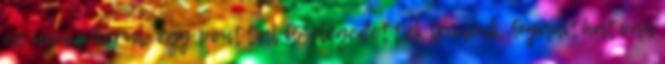
ez nem sikerül, egy ponttal is elégedettek lennénk. Gyaníthatóan